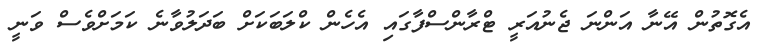
އެގޮތުން އޭނާ އަންނަ ޖެނުއަރީ ޓްރާންސްފާގައި އެހެން ކްލަބަކަށް ބަދަލުވާނެ ކަމަށްވެސް ވަނީ